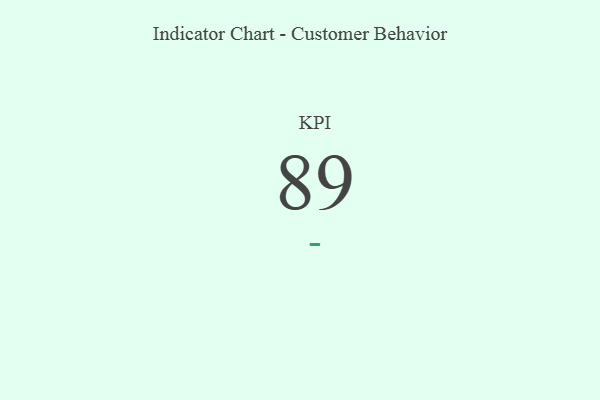
{"axis": {"x": "KPI", "y": "Value"}, "legend": [""], "data": [{"x": "KPI", "y": 89, "type": ""}]}